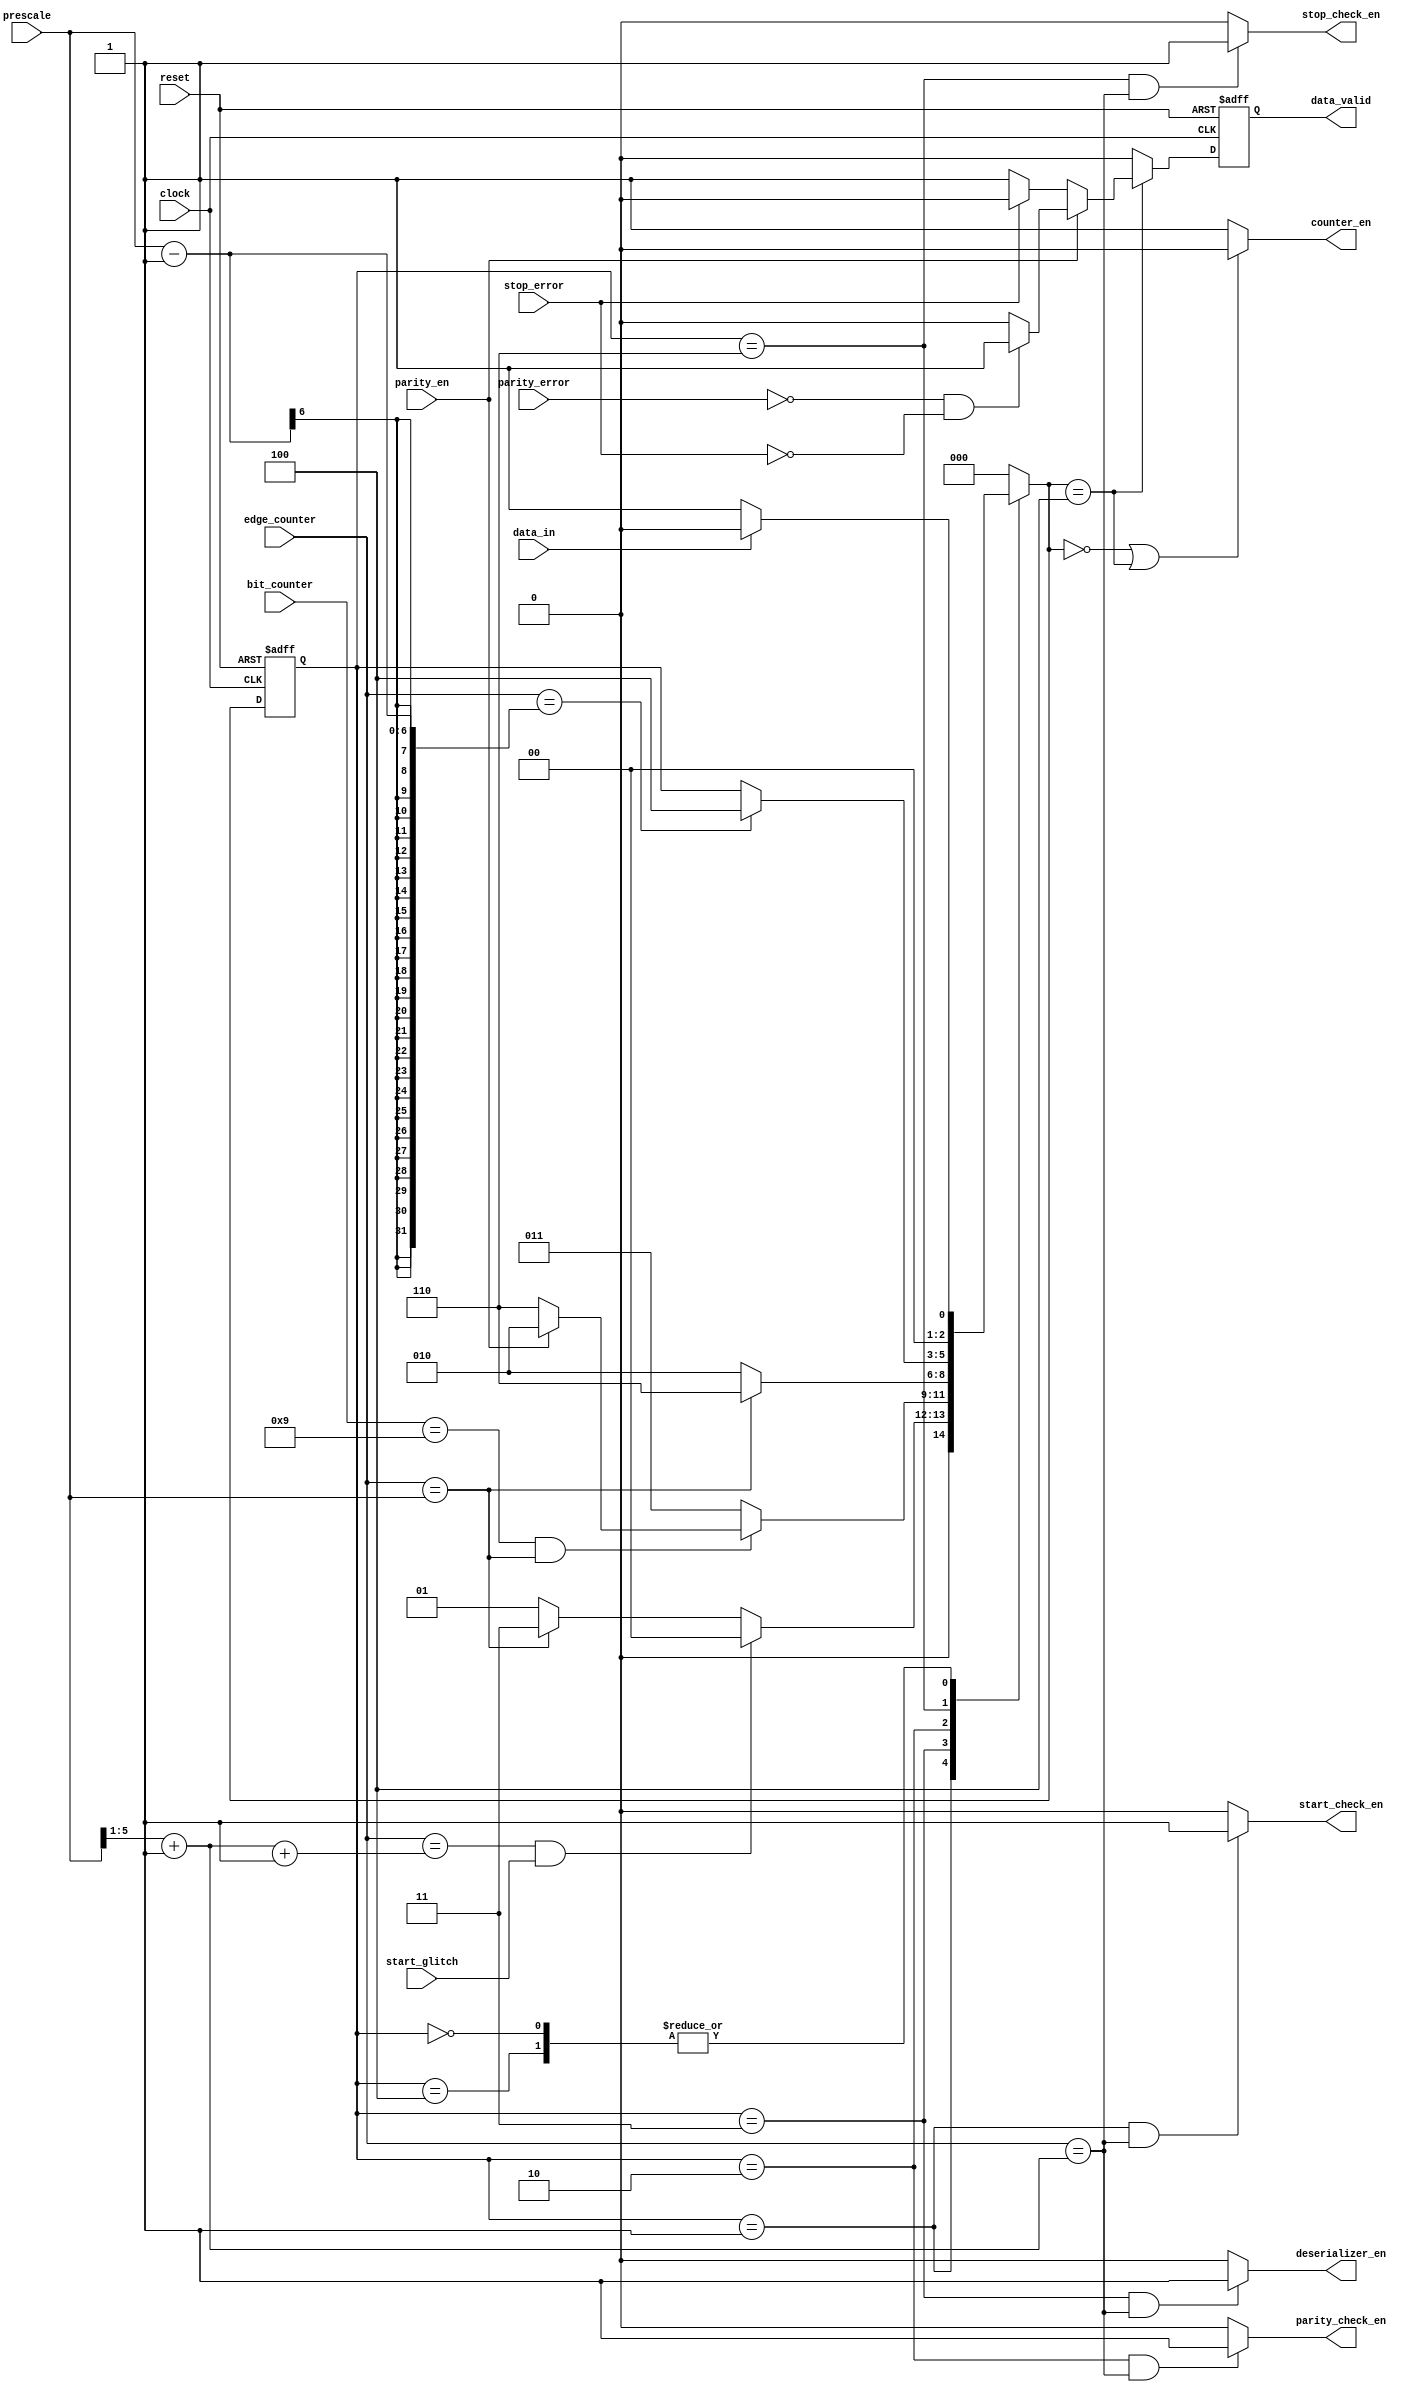
module UART_Rx_FSM (input wire clock,
                    input wire reset,
                    input wire data_in,
                    input wire parity_en,
                    input wire [3:0] bit_counter,
                    input wire [5:0] edge_counter,
                    input wire [5:0] prescale,
                    input wire start_glitch,
                    input wire parity_error,
                    input wire stop_error,
                    output wire counter_en,
                    output wire deserializer_en,
                    output wire start_check_en,
                    output wire parity_check_en,
                    output wire stop_check_en,
                    output reg data_valid);
    
    // States encoding - gray encode is used to reduce switching power
    localparam IDLE   = 3'b000;
    localparam START  = 3'b001;
    localparam DATA   = 3'b011;
    localparam PARITY = 3'b010;
    localparam STOP   = 3'b110;
    localparam OUTPUT = 3'b100;
    
    reg [2:0] current_state, next_state;
    reg data_valid_comb;
    wire [5:0] third_sample_edge;
    
    // Current state sequential logic
    always @(posedge clock or negedge reset)
    begin
        if (!reset)
        begin
            current_state <= IDLE;
        end
        else
        begin
            current_state <= next_state;
        end
    end
    
    // Data valid flag sequential logic
    always @(posedge clock or negedge reset)
    begin
        if (!reset)
        begin
            data_valid <= 1'b0;
        end
        else
        begin
            data_valid <= data_valid_comb;
        end
    end
    
    // Next state combinational logic
    always @(*)
    begin
        // Initial value to avoid unintentional latches
        next_state = IDLE;
        case(current_state)
            IDLE:
            begin
                // If a start bit is detected, go to the START state
                if (data_in == 1'b0)
                begin
                    next_state = START;
                end
                else
                begin
                    next_state = IDLE;
                end
            end
            START:
            begin
                /* Wait until the start bit is sampled by the data sampling block. The start check block
                 should then tell you whether it is a true start bit or just a glitch. If it was a glitch,
                 return immediately after detecting the glitch to the idle state. Otherwise, it is a true
                 start bit and hence wait for the whole Tx clock cycle and then go to the DATA state. */
                if ((edge_counter == (third_sample_edge + 1'b1)) && start_glitch)
                begin
                    next_state = IDLE;
                end
                else if (edge_counter == prescale)
                begin
                    next_state = DATA;
                end
                else
                begin
                    next_state = START;
                end
            end
            DATA:
            begin
                /* Wait until the whole 8 data bits are sampled and their full Tx clock cycles have
                 passed, then go to either the PARITY or STOP state depending on the parity enable */
                if ((bit_counter == 'd9) && (edge_counter == prescale))
                begin
                    if (parity_en)
                    begin
                        next_state = PARITY;
                    end
                    else
                    begin
                        next_state = STOP;
                    end
                end
                else
                begin
                    next_state = DATA;
                end
            end
            PARITY:
            begin
                /* Wait until a full Tx clock cycle passes, then go to the STOP state */
                if (edge_counter == prescale)
                begin
                    next_state = STOP;
                end
                else
                begin
                    next_state = PARITY;
                end
            end
            STOP:
            begin
                /* The OUTPUT state should be a 1-clock-cycle state immediately after the STOP state.*/
                if (edge_counter == (prescale - 'd1))
                begin
                    next_state = OUTPUT;
                end
                else
                begin
                    next_state = current_state;
                end
            end
            OUTPUT:
            begin
                /* In case a start bit is detected, this means that 2 consecutive frames are received.
                 Accordingly, go to the START state. Otherwise, return to the idle state */
                if (data_in == 1'b0)
                begin
                    next_state = START;
                end
                else
                begin
                    next_state = IDLE;
                end
            end
            default:
            begin
                next_state = IDLE;
            end
        endcase
    end
    
    /* Output Logic. Either there is a stop error or parit error so one or both of them are high, or both
     are 0 and hence data valid is high. This output is active for 1 Rx clock cycle */
    always@(*)
    begin
        if (next_state == OUTPUT)
        begin
            if (parity_en)
            begin
                if (!parity_error && !stop_error)
                begin
                    data_valid_comb = 1'b1;
                end
                else
                begin
                    data_valid_comb = 1'b0;
                end
            end
            else
            begin
                if (!stop_error)
                begin
                    data_valid_comb = 1'b1;
                end
                else
                begin
                    data_valid_comb = 1'b0;
                end
            end
        end
        else
        begin
            data_valid_comb = 1'b0;
        end
    end
    
    /* The counters are not needed in both idle and output states. Otherwise, the counters are always
     enabled */
    assign counter_en = ((next_state == IDLE) || (next_state == OUTPUT)) ? 1'b0 : 1'b1;
    
    /* Deserializer is used to extract data bits, so it should be enabled only in the DATA state.
     Moreover, it should be enabled only after the data sampling block's output has stabilized so that the
     deserializer block takes in the correct sample of the data bits */
    assign deserializer_en = ((current_state == DATA) && (edge_counter == third_sample_edge)) ? 1'b1 : 1'b0;
    
    /* The start check block is used to check that a detected start bit is valid. Enable the start check
     block after the data sampling block has successfully sampled the start bit so that the start check
     block takes in the correct sample of the start bit */
    assign start_check_en = ((current_state == START) && (edge_counter == third_sample_edge)) ? 1'b1 : 1'b0;
    
    /* Parity check block is used to compute the parity of the received data byte and compare it with the
     parity bit in the frame. Enable the parity check block after the data sampling block has successfully
     sampled the parity bit so that the parity check block takes in the correct sample of the parity bit
     */
    assign parity_check_en = ((current_state == PARITY) && (edge_counter == third_sample_edge)) ? 1'b1 : 1'b0;
    
    /* Stop check block is used to check that a detected stop bit is valid. Enable the stop check block
     after the data sampling block has successfully sampled the stop bit so that the stop check block
     takes in the correct sample of the stop bit */
    assign stop_check_en = ((current_state == STOP) && (edge_counter == third_sample_edge)) ? 1'b1 : 1'b0;
    
    /* The data sampler block takes 3 samples at the 3 middle clock edges of a Tx clock cycle. The third
     edge at which the sampler takes the third sample is frequently needed in the code since the output of
     the sampler is evaluated at this edge, so a dedicated assign statement is used to shorten the code and
     make it more readable. That third edge is obtained by simply dividing the "prescale" value by 2 then
     add 1. Instead of dividing by 2, we will use shifting in order to save area since a divider consumes
     large area. */
    assign third_sample_edge = (prescale >> 1) + 'd1;
    
endmodule